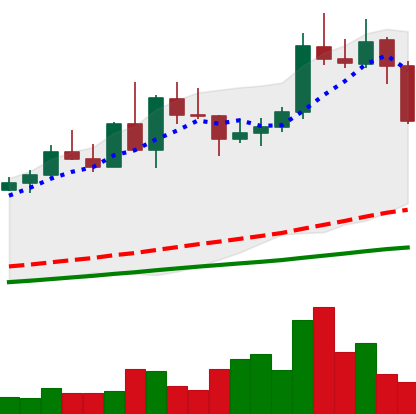
Ticker: NEO-USD
Chart end date: 2020-09-03
Forward return: -4.893%
Label: down_3_5